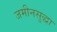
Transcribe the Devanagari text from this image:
जमीनसुद्धा